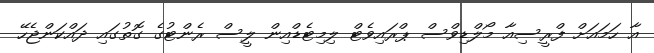
އާ ހަމައަށް ފްރީސިއާ މޯލްޑިވްސް ޕްރައިވެޓް ލިމިޓެޑްއިން ލީސް ރެންޓުގެ ގޮތުގައި ދައްކަންޖެހޭ